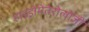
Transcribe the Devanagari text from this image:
हाइड्रोमेतेरोलोजी